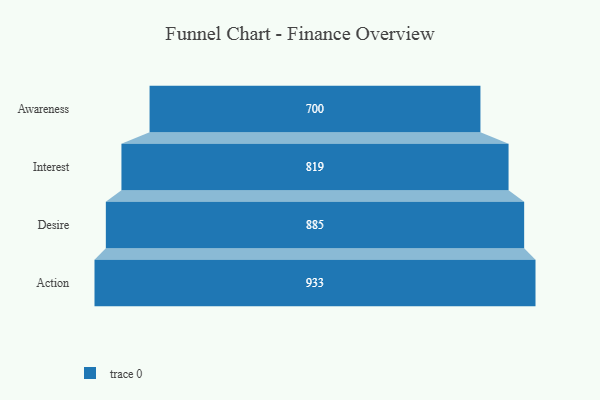
{"axis": {"x": "Stage", "y": "Value"}, "legend": [""], "data": [{"x": "Awareness", "y": 700.0, "type": ""}, {"x": "Interest", "y": 819.0, "type": ""}, {"x": "Desire", "y": 885.0, "type": ""}, {"x": "Action", "y": 933.0, "type": ""}]}